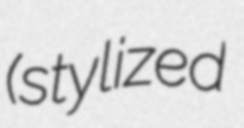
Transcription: (stylized